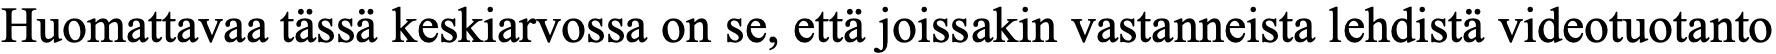
Huomattavaa tässä keskiarvossa on se, että joissakin vastanneista lehdistä videotuotanto